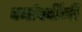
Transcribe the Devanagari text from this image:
दर्यावर्दींनी